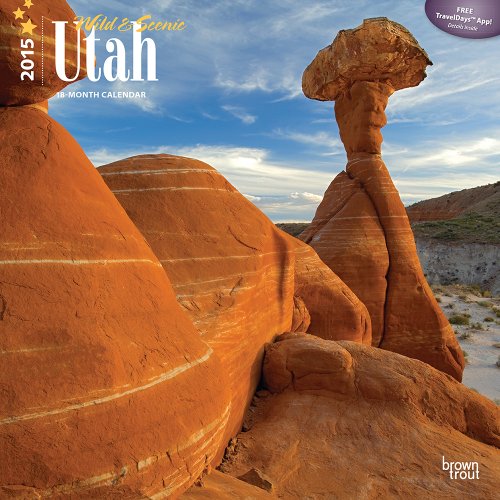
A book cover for Utah, Wild & Scenic 2015 Square 12x12; BrownTrout; Calendars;